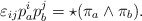
\begin{align*}\varepsilon_{ij}p^i_a p^j_b = \star(\pi_a \wedge \pi_b).\end{align*}